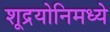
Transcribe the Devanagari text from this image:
शूद्रयोनिमध्ये